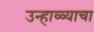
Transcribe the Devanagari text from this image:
उन्हाळ्याचा